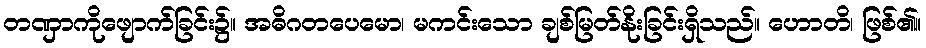
တဏှာကိုဖျောက်ခြင်း၌။ အဓိဂတပေမော၊ မကင်းသော ချစ်မြတ်နိုးခြင်းရှိသည်။ ဟောတိ၊ ဖြစ်၏။